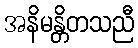
အနိမန္တိတသညီ